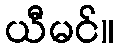
ယီမင်။